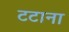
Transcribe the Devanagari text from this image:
टटाना